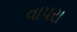
વાપરા